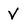
Character: V